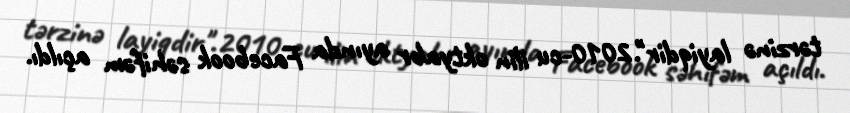
tərzinə layiqdir".2010-cu ilin oktyabr ayında Facebook səhifəm açıldı.